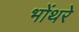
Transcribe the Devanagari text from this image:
भोंथरे